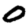
Digit: 0